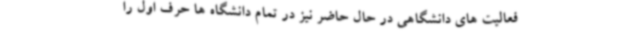
فعالیت های دانشگاهی در حال حاضر نیز در تمام دانشگاه ها حرف اول را